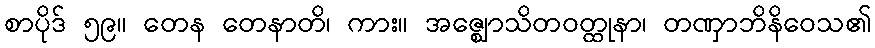
စာပိုဒ် ၅၉။ တေန တေနာတိ၊ ကား။ အဇ္ဈောသိတဝတ္ထုနာ၊ တဏှာဘိနိဝေသ၏